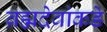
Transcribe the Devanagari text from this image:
ब्रह्मदेवांकडे